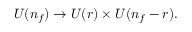
U ( n _ { f } ) \to U ( r ) \times U ( n _ { f } - r ) .